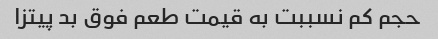
حجم کم نسببت به قیمت طعم فوق بد پیتزا